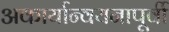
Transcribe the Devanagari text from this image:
अकार्यान्वयनापूर्वी